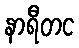
နာရီတင